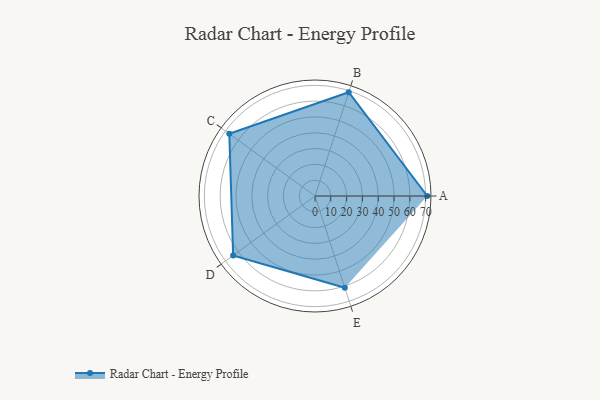
{"axis": {"x": "Skill", "y": "Score"}, "legend": ["Profile"], "data": [{"x": "A", "y": 71.0, "type": "Profile"}, {"x": "B", "y": 69.0, "type": "Profile"}, {"x": "C", "y": 67.0, "type": "Profile"}, {"x": "D", "y": 64.0, "type": "Profile"}, {"x": "E", "y": 61.0, "type": "Profile"}]}